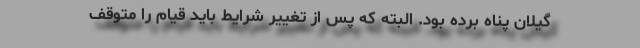
گیلان پناه برده بود. البته که پس از تغییر شرایط باید قیام را متوقف